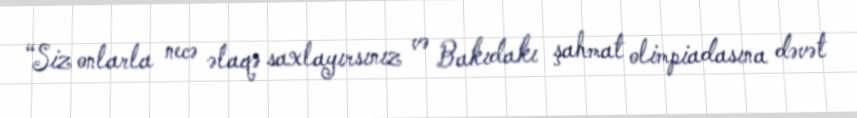
“Siz onlarla necə əlaqə saxlayırsınız və Bakıdakı şahmat olimpiadasına dəvət